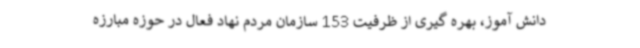
دانش آموز، بهره گیری از ظرفیت 153 سازمان مردم نهاد فعال در حوزه مبارزه